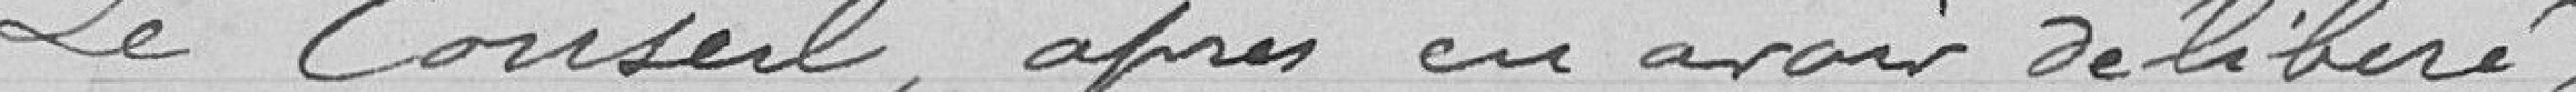
Le Conseil après en avoir délibéré :